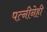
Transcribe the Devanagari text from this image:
पत्नीनेही